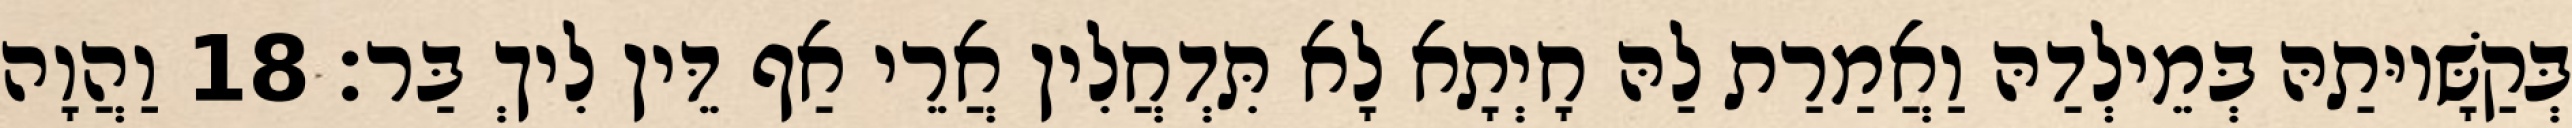
בְּקַשָּׁיוּתַהּ בְּמֵילְדַהּ וַאֲמַרַת לַהּ חָיְתָא לָא תִּדְחֲלִין אֲרֵי אַף דֵּין לִיךְ בַּר׃ 18 וַהֲוָה